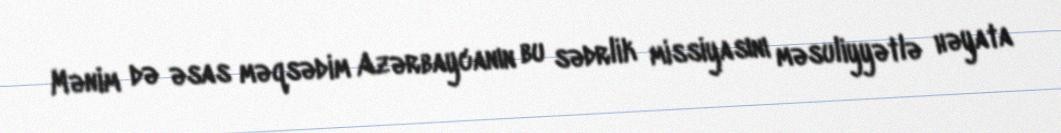
Mənim də əsas məqsədim Azərbaycanın bu sədrlik missiyasını məsuliyyətlə həyata